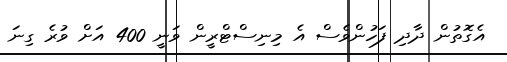
އެގޮތުން ދާދި ފަހުންވެސް އެ މިނިސްޓްރީން ވަނީ 400 އަށް ވުރެ ގިނަ